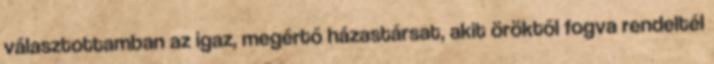
választottamban az igaz, megértő házastársat, akit öröktől fogva rendeltél